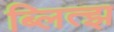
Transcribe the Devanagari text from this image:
ब्लित्झ